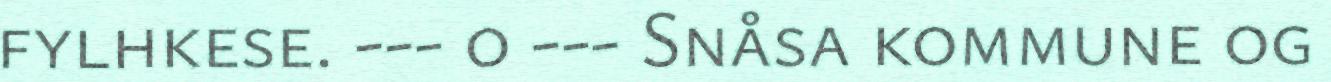
fylhkese. --- o --- Snåsa kommune og